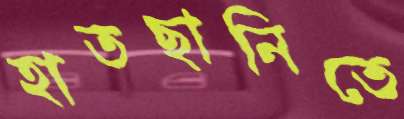
হাতছানিতে